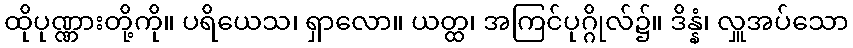
ထိုပုဏ္ဏားတို့ကို။ ပရိယေသ၊ ရှာလော။ ယတ္ထ၊ အကြင်ပုဂ္ဂိုလ်၌။ ဒိန္နံ၊ လှူအပ်သော